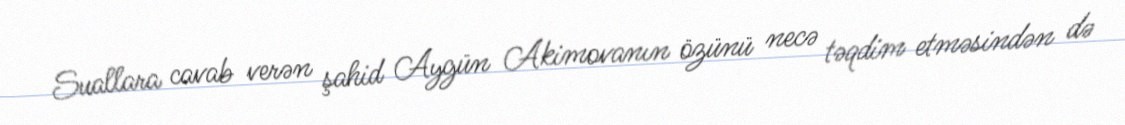
Suallara cavab verən şahid Aygün Akimovanın özünü necə təqdim etməsindən də